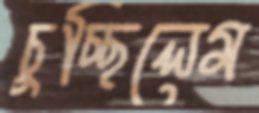
চুচ্ছিলেম